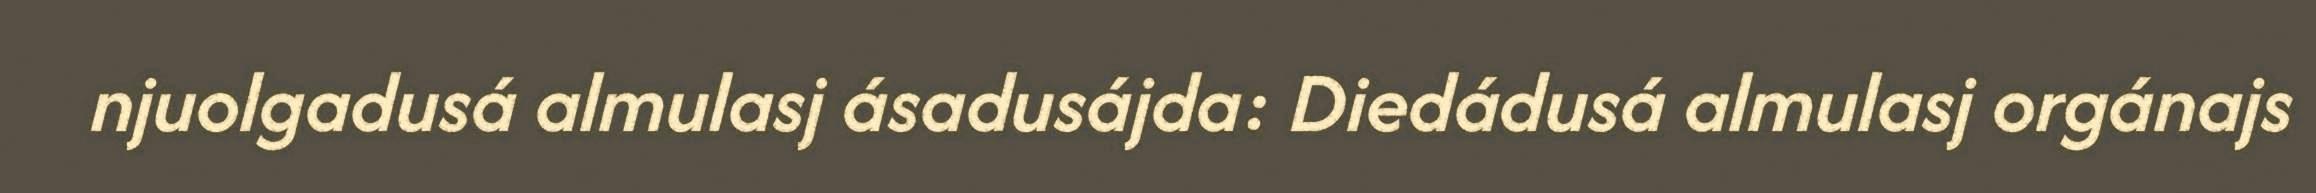
njuolgadusá almulasj ásadusájda: Diedádusá almulasj orgánajs